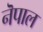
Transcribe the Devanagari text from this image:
नॆपाल